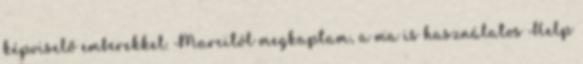
képviselő emberekkel. Marcitól megkaptam, a ma is használatos Help